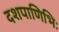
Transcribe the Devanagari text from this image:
दशपाणिभिः